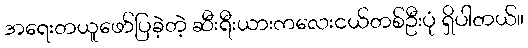
အရေးတယူဖော်ပြခဲ့တဲ့ ဆီးရီးယားကလေးငယ်တစ်ဦးပုံ ရှိပါတယ်။